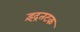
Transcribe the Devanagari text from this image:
इंद्रतटक